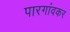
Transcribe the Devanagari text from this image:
पारगांवकर